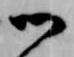
御